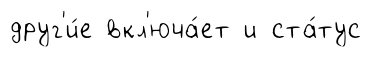
друг'и́е вкл'юча́ет и ста́тус